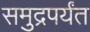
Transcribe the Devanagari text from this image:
समुद्रपर्यंत